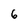
Character: 6